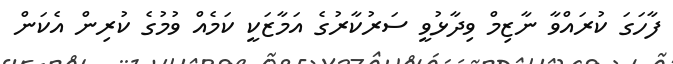
ފާހަގަ ކުރައްވާ ނާޒިމް ވިދާޅުވީ ސަރުކާރުގެ އަމާޒަކީ ކަމެއް ވުމުގެ ކުރިން އެކަން